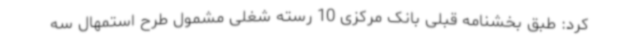
کرد: طبق بخشنامه قبلی بانک مرکزی 10 رسته شغلی مشمول طرح استمهال سه